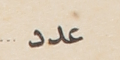
عدد